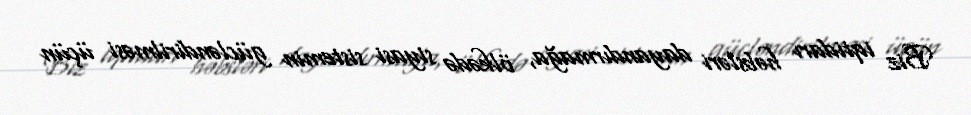
Biz iqtidarı həbsləri dayandırmağa, ölkədə siyasi sistemin gücləndirilməsi üçün